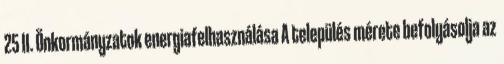
25 II. Önkormányzatok energiafelhasználása A település mérete befolyásolja az